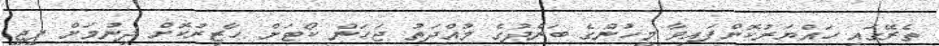
ތެރޭގައި ހައްޔަރުކޮށްފައިވާ މީހުންގެ ބަންދުގެ މުއްދަތު ޖަހަން ކޯޓަށް ހާޒިރުކޮށް ދިނުމަށް ޕީޖީ